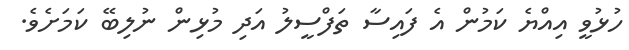
ހުޅުވީ އިއްޔެ ކަމުން އެ ފައިސާ ތަފްސީލު އަދި މުޅިން ނުލިބޭ ކަމަށެވެ.